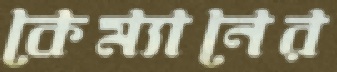
কেম্যানের